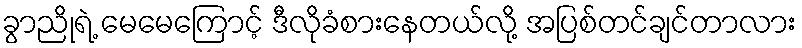
ခွာညိုရဲ့ မေမေကြောင့် ဒီလိုခံစားနေတယ်လို့ အပြစ်တင်ချင်တာလား